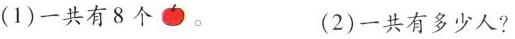
(1)一共有8个 。(2)一共有多少人?